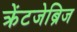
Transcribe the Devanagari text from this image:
क्रेंटजेब्रिज